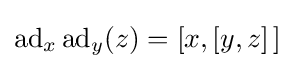
\operatorname {ad} _{x}\operatorname {ad} _{y}(z)=[x,[y,z]\,]